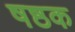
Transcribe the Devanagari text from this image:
षष्ठक